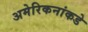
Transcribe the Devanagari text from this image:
अमेरिकनांकडे